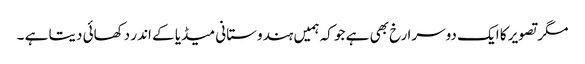
مگر تصویر کا ایک دوسرا رخ بھی ہے جو کہ ہمیں ہندوستانی میڈیا کے اندر دکھائی دیتا ہے ۔